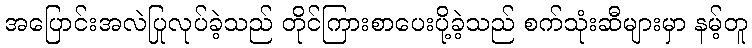
အပြောင်းအလဲပြုလုပ်ခဲ့သည် တိုင်ကြားစာပေးပို့ခဲ့သည် စက်သုံးဆီများမှာ နမ့်တူ